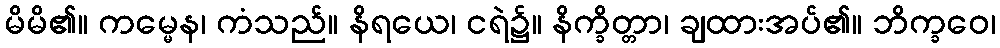
မိမိ၏။ ကမ္မေန၊ ကံသည်။ နိရယေ၊ ငရဲ၌။ နိက္ခိတ္တာ၊ ချထားအပ်၏။ ဘိက္ခဝေ၊